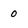
Character: 0